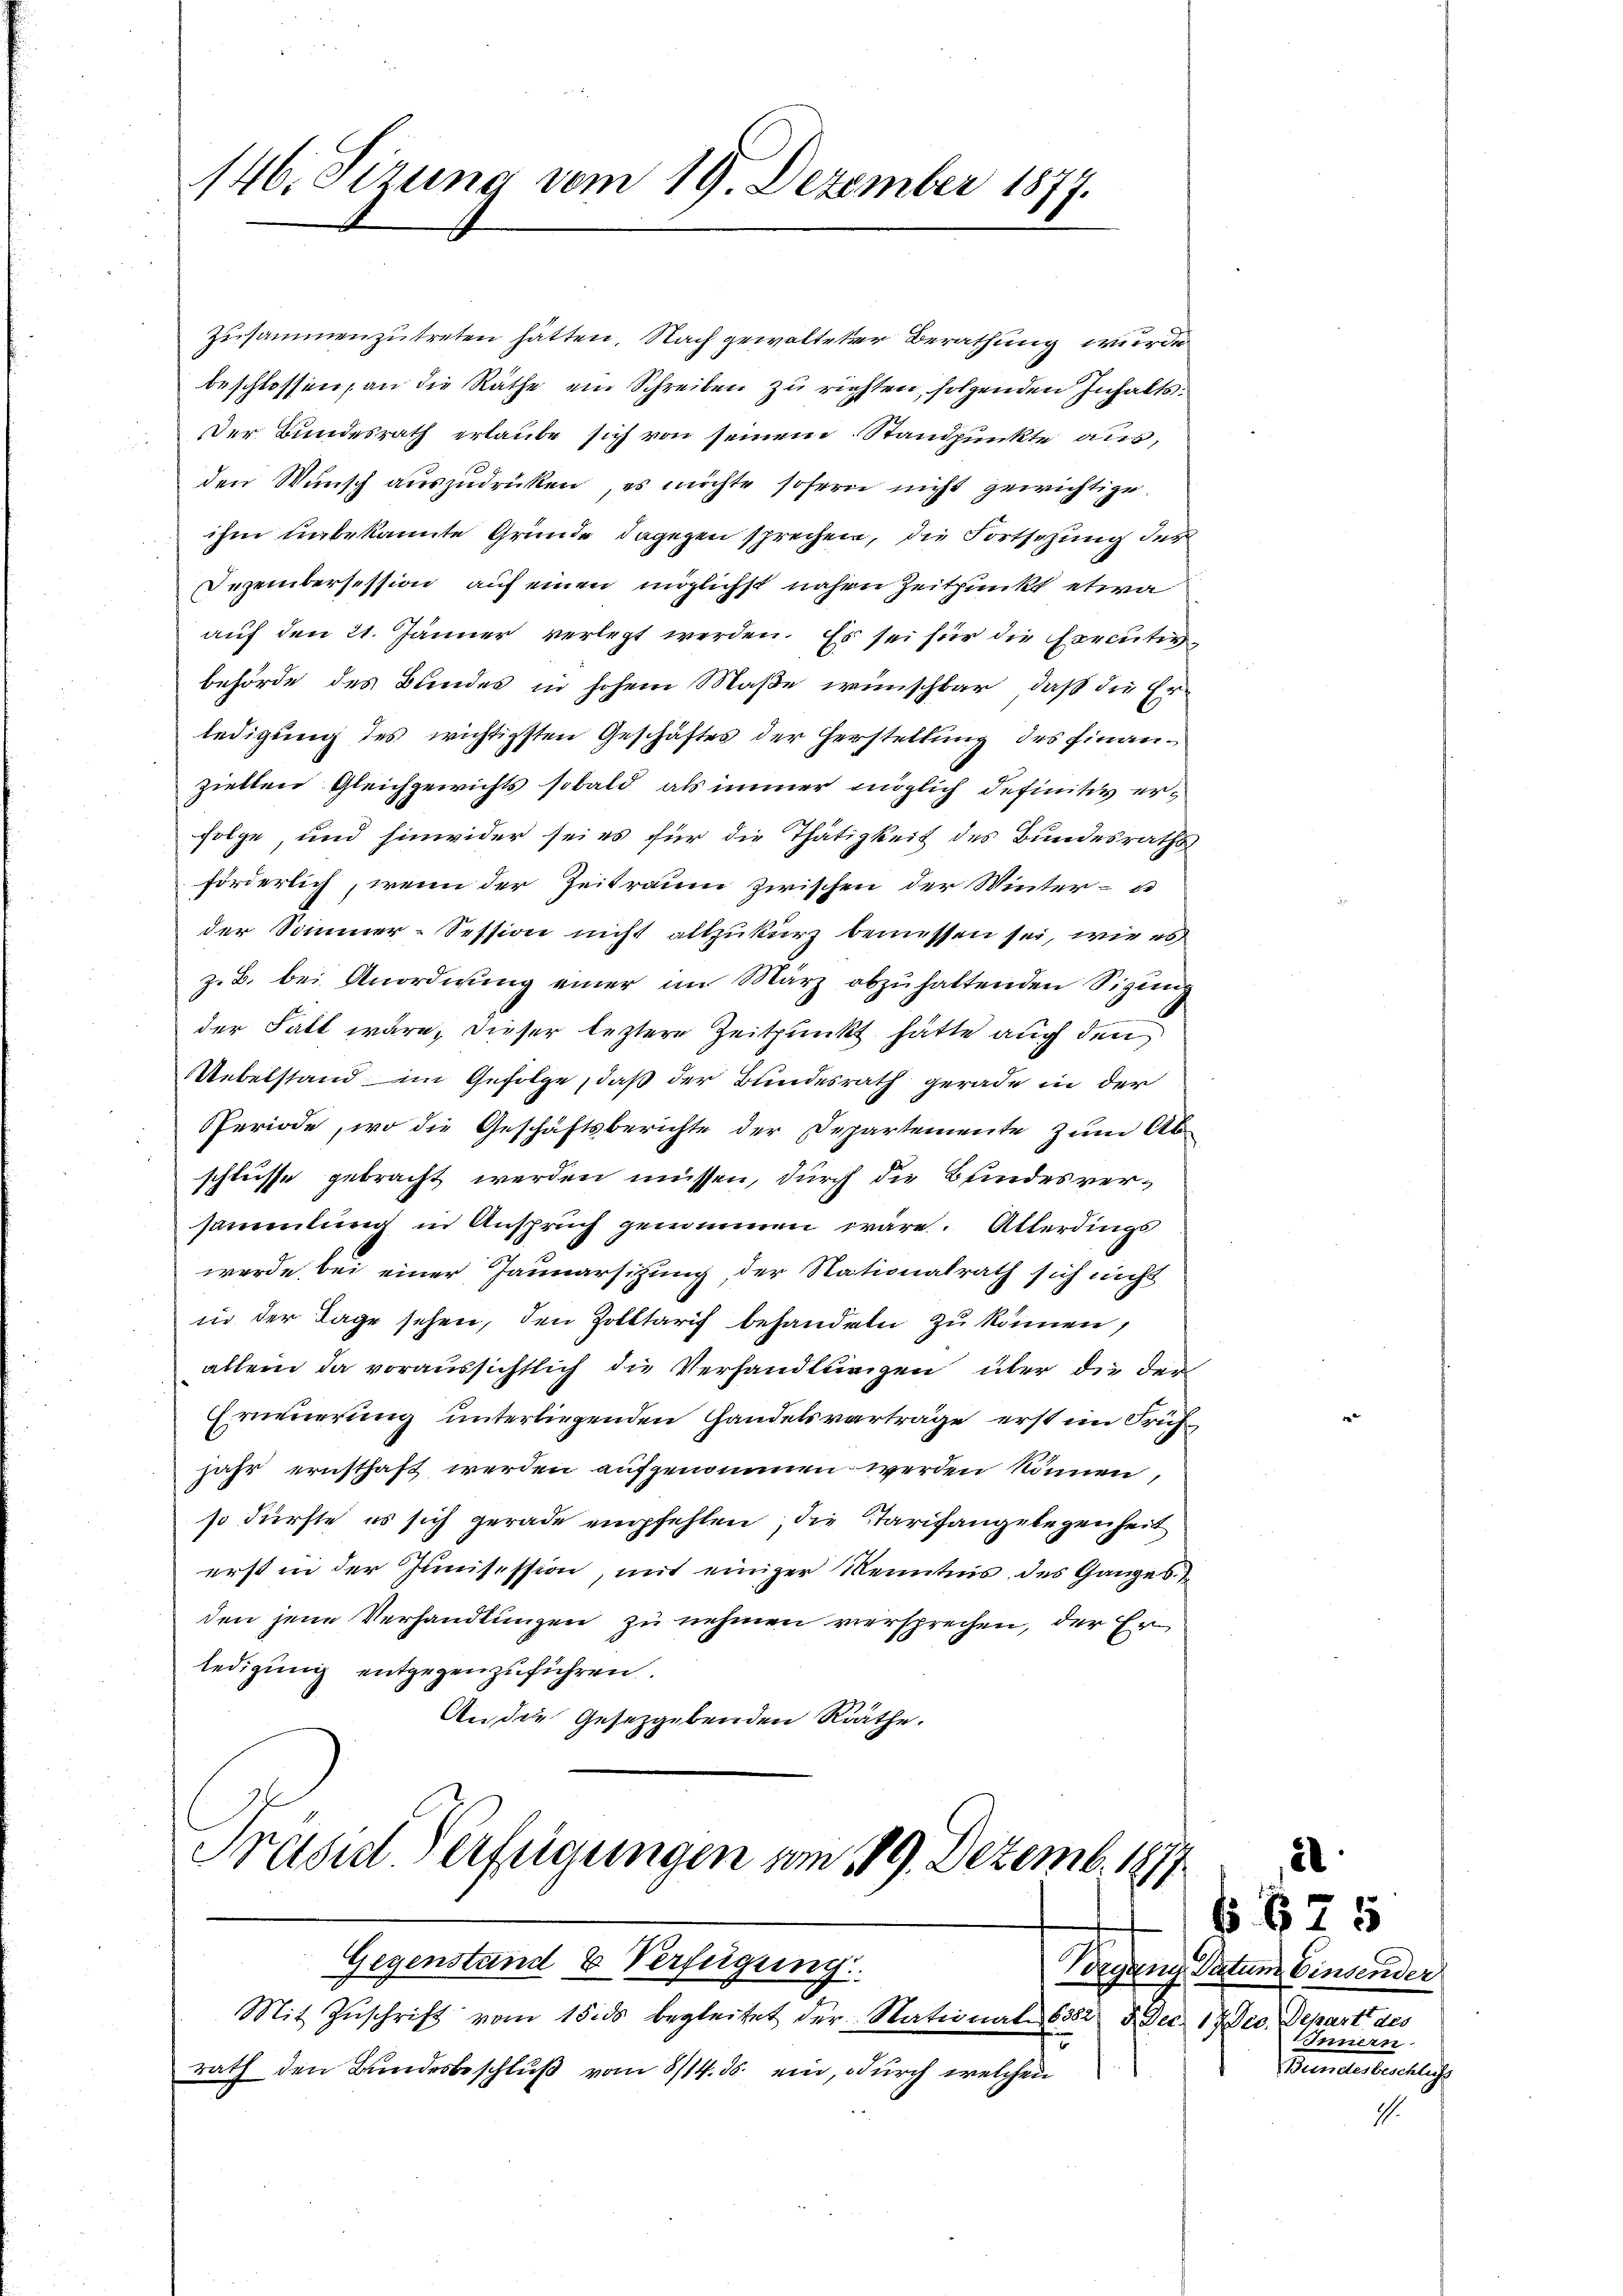
146. Sizung vom 19. Dezember 1877.

Gegenstand & Verfügung
Mit Zŭschrift vom 15. ds begleitet der Nationale 8382 5 Dec. 17 Dec. Depart des

zusammenzutreten hätten. Nach gewalteter Berathung wurde
beschlossen, an die Räthe ein Schreiben zu richten, folgenden Inhalts¬
Der Bundesrath erlaube sich von seinem Standpunkte aus,
den Wunsch auszudrücken, es möchte sofern nicht gewichtige.
ihm unbekannte Gründe dagegen sprechen, die Fortschung der
Dezembersession auf einen möglichst nahen Zeitpunkt etwa
auf den 21. Jänner verlegt werden. Es sei für die Executivbehörde des Bundes in hohem Maße wünschbar, daß die Erledigung des wichtigsten Geschäftes der Herstellung des Finanziellen Gleichgewichts sobald als immer möglich definitiv erfolge, und hinwider sei es für die Thätigkeit des Bundesraths
förderlich, wenn der Zeitraum zwischen der Winter- u
der Sommer-Session nicht allzukurz bemessen sei, wie es
z. B. bei Anordnung einer im März abzuhaltenden Sizung
der Fall wäre, dieser leztere Zeitpunkt hätte auch den
Uebelstand im Gefolge, daß der Bundesrath gerade in der
Periode, wo die Geschäftsberichte der Departemente zum Abschlüsse gebracht werden müssen, durch die Bundesversammlung in Anspruch genommen wäre. Allerdings
werde bei einer Januarsizung, der Nationalrath sich nicht
in der Tage sehen, den Zolltarif behandeln zu können,
allein da voraussichtlich die Verhandlungen über die der
Erneuerung unterliegenden Handelsverträge erst im Frühjahr ernsthaft werden aufgenommen werden können,
so dürfte es sich gerade empfehlen, die Tarifangelegenheit
erst in der Junisession, mit einiger Kenntnis des Ganzes
den jene Verhandlungen zu nehmen versprechen, der Er
ledigung entgegenzuführen.
An die Gesetzgebenden Räthe.
Präsid Verfügungen am 189. Dezemb. 1877

i
rath den Bundesbeschluß vom 8/14. ds. ein, durch welchen

No. 675
Begang Datum insender
Innern
Tennetentenkliche

1.